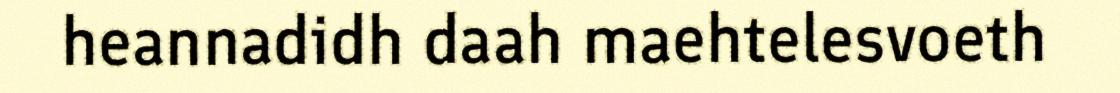
heannadidh daah maehtelesvoeth